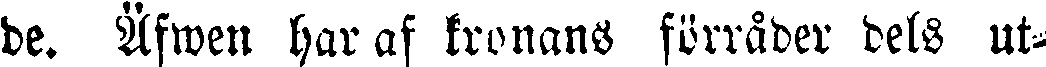
de. Äfwen har af kronans förråder dels ut-